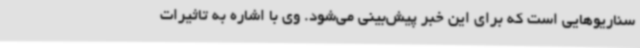
سناریوهایی است که برای این خبر پیش‌بینی می‌شود. وی با اشاره به تاثیرات